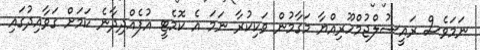
ނަމަވެސް ރައީސުލްޖުމްހޫރިއްޔާ މަގާމުން ވަކިކުރާ ނަމަ އެ ކޮމެޓީ އުފެއްދިދާނެ ކަމަށް ގަވާއިދުގައި